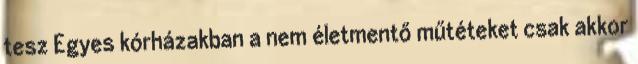
tesz Egyes kórházakban a nem életmentő műtéteket csak akkor